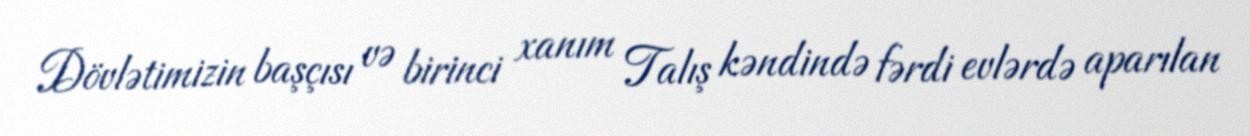
Dövlətimizin başçısı və birinci xanım Talış kəndində fərdi evlərdə aparılan